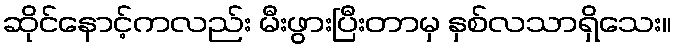
ဆိုင်နောင့်ကလည်း မီးဖွားပြီးတာမှ နှစ်လသာရှိသေး။